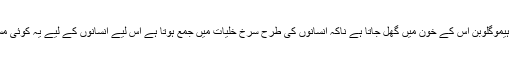
جانوروں کے ہیموگلوبِن انسانوں میں الرجی اور گردوں میں بیماری پیدا کرسکتے ہیں لیکن کیچوے کا ہیموگلوبن اس کے خون میں گھل جاتا ہے ناکہ انسانوں کی طرح سرخ خلیات میں جمع ہوتا ہے اس لیے انسانوں کے لیے یہ کوئی مسئلہ پیدا نہیں کرے گا اور ہر طرح کے بلڈ گروپ کے لیے اس کا ہیموگلوبن کارآمد ثابت ہو سکتا ہے۔